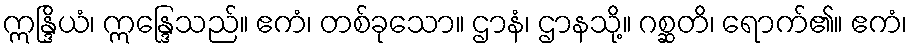
ဣန္ဒြိယံ၊ ဣန္ဒြေသည်။ ဧကံ၊ တစ်ခုသော။ ဌာနံ၊ ဌာနသို့။ ဂစ္ဆတိ၊ ရောက်၏။ ဧကံ၊